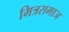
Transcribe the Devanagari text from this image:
मित्रसमाज